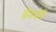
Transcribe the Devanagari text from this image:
ब्रैडबेरि